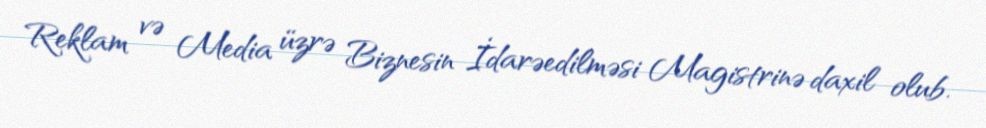
Reklam və Media üzrə Biznesin İdarəedilməsi Magistrinə daxil olub.